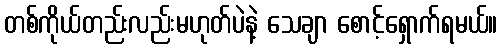
တစ်ကိုယ်တည်းလည်းမဟုတ်ပဲနဲ့ သေချာ စောင့်ရှောက်ရမယ်။